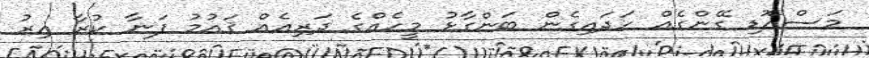
މަސްއޮޑި ގޭންގެއް ހަދައިގެން ބަންގާޅު މީހެއްގެ ދަރިއެއް ޤައުމު ފަނާ ކުރާ އިރު